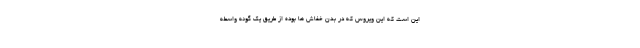
این است که این ویروس که در بدن خفاش ها بوده از طریق یک گونه واسطه